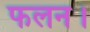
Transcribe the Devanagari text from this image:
फलन।